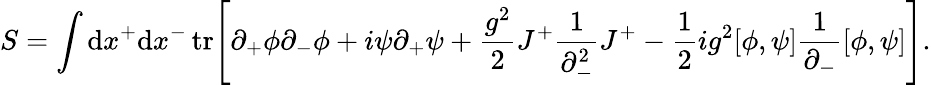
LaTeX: S=\int\mathrm{d}x^{+}\mathrm{d}x^{-}\, \mathrm{{tr}}\Bigg[\partial_{+}\phi\partial_{-}\phi+i\psi\partial_{+}\psi+\frac{{g^{2}}}{{2}}J^{+}\frac{{1}}{{\partial_{-}^{2}}}J^{+}-\frac{{1}}{{2}}ig^{2}[\phi,\psi]\frac{{1}}{{\partial_{-}}}[\phi,\psi]\Bigg].